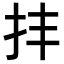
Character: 𢪋